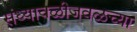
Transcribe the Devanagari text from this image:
संध्यावळीजवळच्या